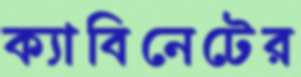
ক্যাবিনেটের